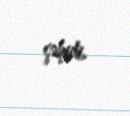
şəhidi.